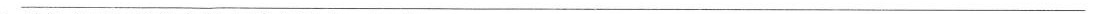
___